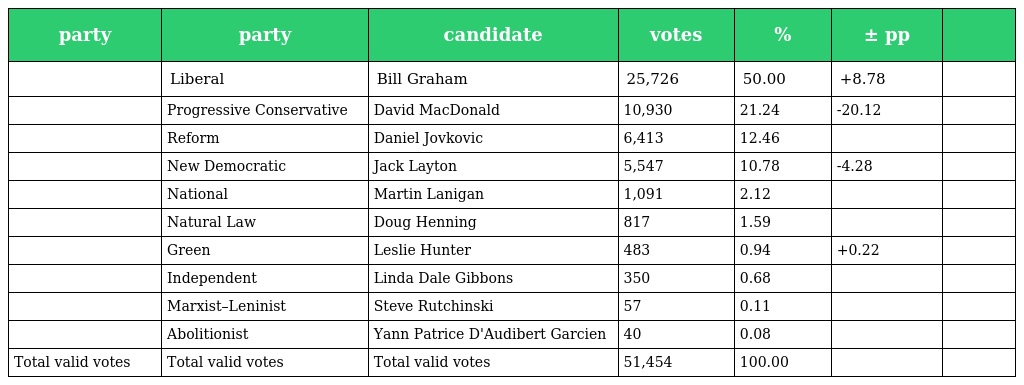
| party | party | candidate | votes | % | ± pp |  |
 | --- | --- | --- | --- | --- | --- | --- |
 |  | Liberal | Bill Graham | 25,726 | 50.00 | +8.78 |  |
 |  | Progressive Conservative | David MacDonald | 10,930 | 21.24 | -20.12 |  |
 |  | Reform | Daniel Jovkovic | 6,413 | 12.46 |  |  |
 |  | New Democratic | Jack Layton | 5,547 | 10.78 | -4.28 |  |
 |  | National | Martin Lanigan | 1,091 | 2.12 |  |  |
 |  | Natural Law | Doug Henning | 817 | 1.59 |  |  |
 |  | Green | Leslie Hunter | 483 | 0.94 | +0.22 |  |
 |  | Independent | Linda Dale Gibbons | 350 | 0.68 |  |  |
 |  | Marxist–Leninist | Steve Rutchinski | 57 | 0.11 |  |  |
 |  | Abolitionist | Yann Patrice D'Audibert Garcien | 40 | 0.08 |  |  |
 | Total valid votes | Total valid votes | Total valid votes | 51,454 | 100.00 |  |  |